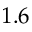
1 . 6